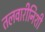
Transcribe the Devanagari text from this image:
तलवारीनिशी